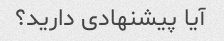
آیا پیشنهادی دارید؟